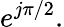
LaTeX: e^{j\pi/2}.